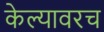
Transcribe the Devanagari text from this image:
केल्यावरच